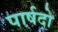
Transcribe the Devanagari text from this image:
पार्षदो